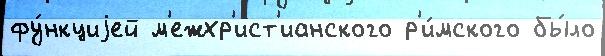
фу́нкциjей м'ежхр'ист'ианского р'и́мского бы́ло